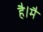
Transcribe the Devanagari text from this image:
है।मै